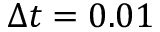
\Delta t = 0 . 0 1